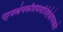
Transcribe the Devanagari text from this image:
पट्टवस्त्रंचकौशेयंमांजिष्ठंश्वेतवस्त्रकं